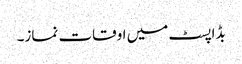
بڈاپسٹ میں اوقات نماز۔